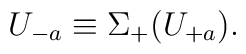
U_{-a} \equiv \Sigma_+(U_{+a}).